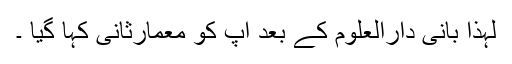
لہذا بانی دارالعلوم کے بعد آپ کو معمارثانی کہا گیا ۔